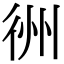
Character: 𢓟